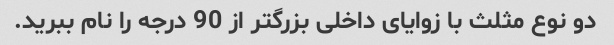
دو نوع مثلث با زوایای داخلی بزرگتر از 90 درجه را نام ببرید.